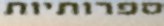
ספרותיות